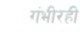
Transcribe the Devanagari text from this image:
गंभीरही